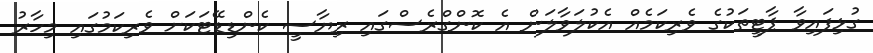
ގުޅިފައިވާ ޕާޓީތަކުގެ ވެރިކަމެއް އެކުލަވާލަން އެ ކޮންގްރެސްގައި ރިޔާސީ ކެންޑިޑޭޓަކަށް ވެރިކަމުގައި މިހާރު